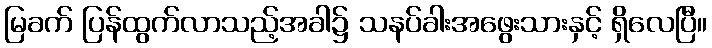
မြခက် ပြန်ထွက်လာသည့်အခါ၌ သနပ်ခါးအဖွေးသားနှင့် ရှိလေပြီ။